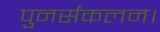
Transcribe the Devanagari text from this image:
पुनर्संकलन।